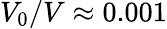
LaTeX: V_{0}/V\approx 0.001